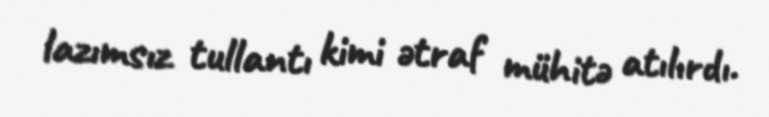
lazımsız tullantı kimi ətraf mühitə atılırdı.